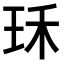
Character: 𤤤